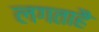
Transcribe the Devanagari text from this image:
लगताहै